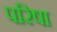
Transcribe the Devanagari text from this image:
परिषा